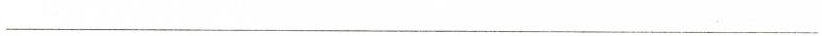
___